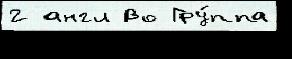
2 англ Во Гру́ппа